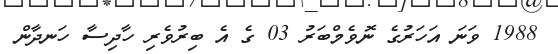
1988 ވަނަ އަހަރުގެ ނޮވެމްބަރު 03 ގެ އެ ބިރުވެރި ހާދިސާ ހަނދާން